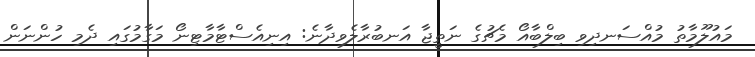
މައުލޫމާތު މުއްސަނދިވި ބިލްބާއޯ މެޗުގެ ނަތީޖާ އަނބުރާލެވިދާނެ: އިނިއެސްޓާމާޓިނޯ މަގާމުގައި ދެމި ހުންނަން